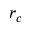
r _ { c }